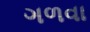
ગળવા